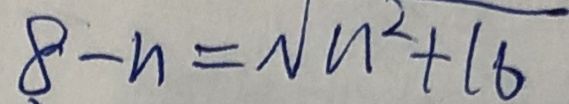
8 - n = \sqrt { n ^ { 2 } + 1 6 }